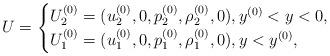
LaTeX: \begin{align*}U=\begin{cases}{U}_2^{(0)}=({u}_2^{(0)},0,{p}_2^{(0)},{\rho}_2^{(0)},0), {y}^{(0)}<y<0,\\{U}_1^{(0)}=({u}_1^{(0)},0,{p}_1^{(0)},{\rho}_1^{(0)},0), y<{y}^{(0)},\end{cases}\end{align*}